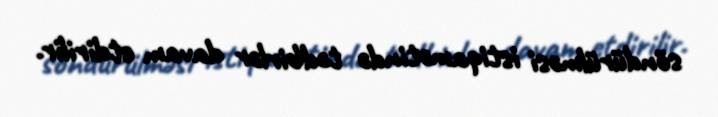
söndürülməsi istiqamətində tədbirlər davam etdirilir.